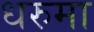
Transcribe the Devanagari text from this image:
धरुमा